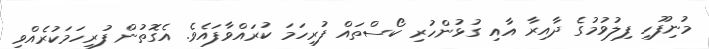
މުނިފޫހި ފިލުވުމުގެ ދާއިރާ އާއި ގުޅުންހުރި ކޯސްތައް ފުރިހަމަ ކުރައްވާފައެވެ. އެގޮތުން ފުރިހަމަކުރެއްވި